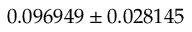
0 . 0 9 6 9 4 9 \pm 0 . 0 2 8 1 4 5